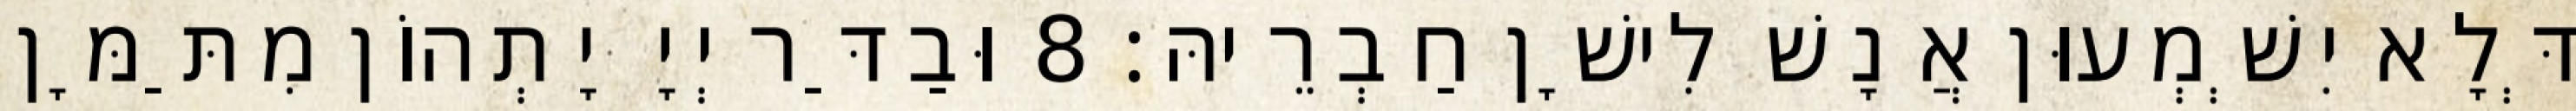
דְּלָא יִשְׁמְעוּן אֲנָשׁ לִישָׁן חַבְרֵיהּ׃ 8 וּבַדַּר יְיָ יָתְהוֹן מִתַּמָּן